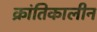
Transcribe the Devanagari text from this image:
क्रांतिकालीन